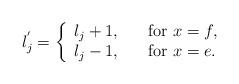
LaTeX: \begin{align*}l_j^{'}=\left \{\begin{array}{ll}l_j+1, & \quad {\rm for} \ x=f, \\l_j-1, & \quad {\rm for} \ x=e.\end{array}\right.\end{align*}